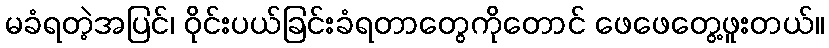
မခံရတဲ့အပြင်၊ ဝိုင်းပယ်ခြင်းခံရတာတွေကိုတောင် ဖေဖေတွေ့ဖူးတယ်။